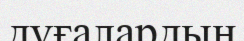
дұғалардың